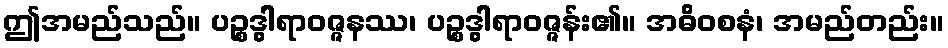
ဤအမည်သည်။ ပဉ္စဒွါရာဝဇ္ဇနဿ၊ ပဉ္စဒွါရာဝဇ္ဇန်း၏။ အဓိဝစနံ၊ အမည်တည်း။